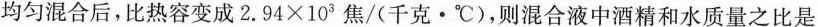
均匀混合后，比热容变成$$2 . 9 4 \times 1 0 ^ { 3 }$$焦/(千克 · ℃)，则混合液中酒精和水质量之比是